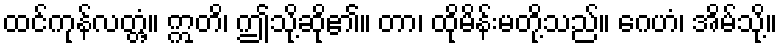
ထင်ကုန်လတ္တံ့။ ဣတိ၊ ဤသို့ဆို၏။ တာ၊ ထိုမိန်းမတို့သည်။ ဂေဟံ၊ အိမ်သို့။